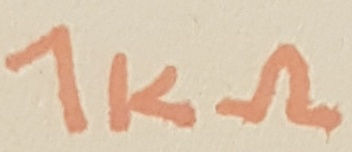
Text: 1KΩ